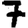
Digit: 7